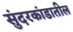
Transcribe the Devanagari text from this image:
सुंदरकांडातील